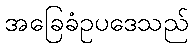
အခြေခံဥပဒေသည်